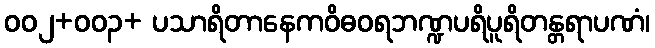
၀၀၂+၀၀၃+ ပသာရိတာနေကဝိဓဝရဘဏ္ဍပရိပူရိတန္တရာပဏံ၊